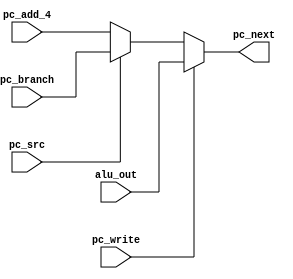
module mux1(pc_write, pc_src,pc_add_4,pc_branch,alu_out,pc_next);

input pc_write, pc_src;
input [31:0]pc_add_4,pc_branch,alu_out;

output wire [31:0]pc_next;

assign pc_next = pc_write? ( pc_src? (alu_out):(alu_out) ):( pc_src? (pc_branch):(pc_add_4) );

endmodule